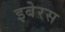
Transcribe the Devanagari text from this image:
इबेरस